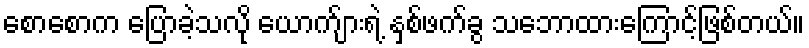
စောစောက ပြောခဲ့သလို ယောက်ျားရဲ့ နှစ်ဖက်ခွ သဘောထားကြောင့်ဖြစ်တယ်။